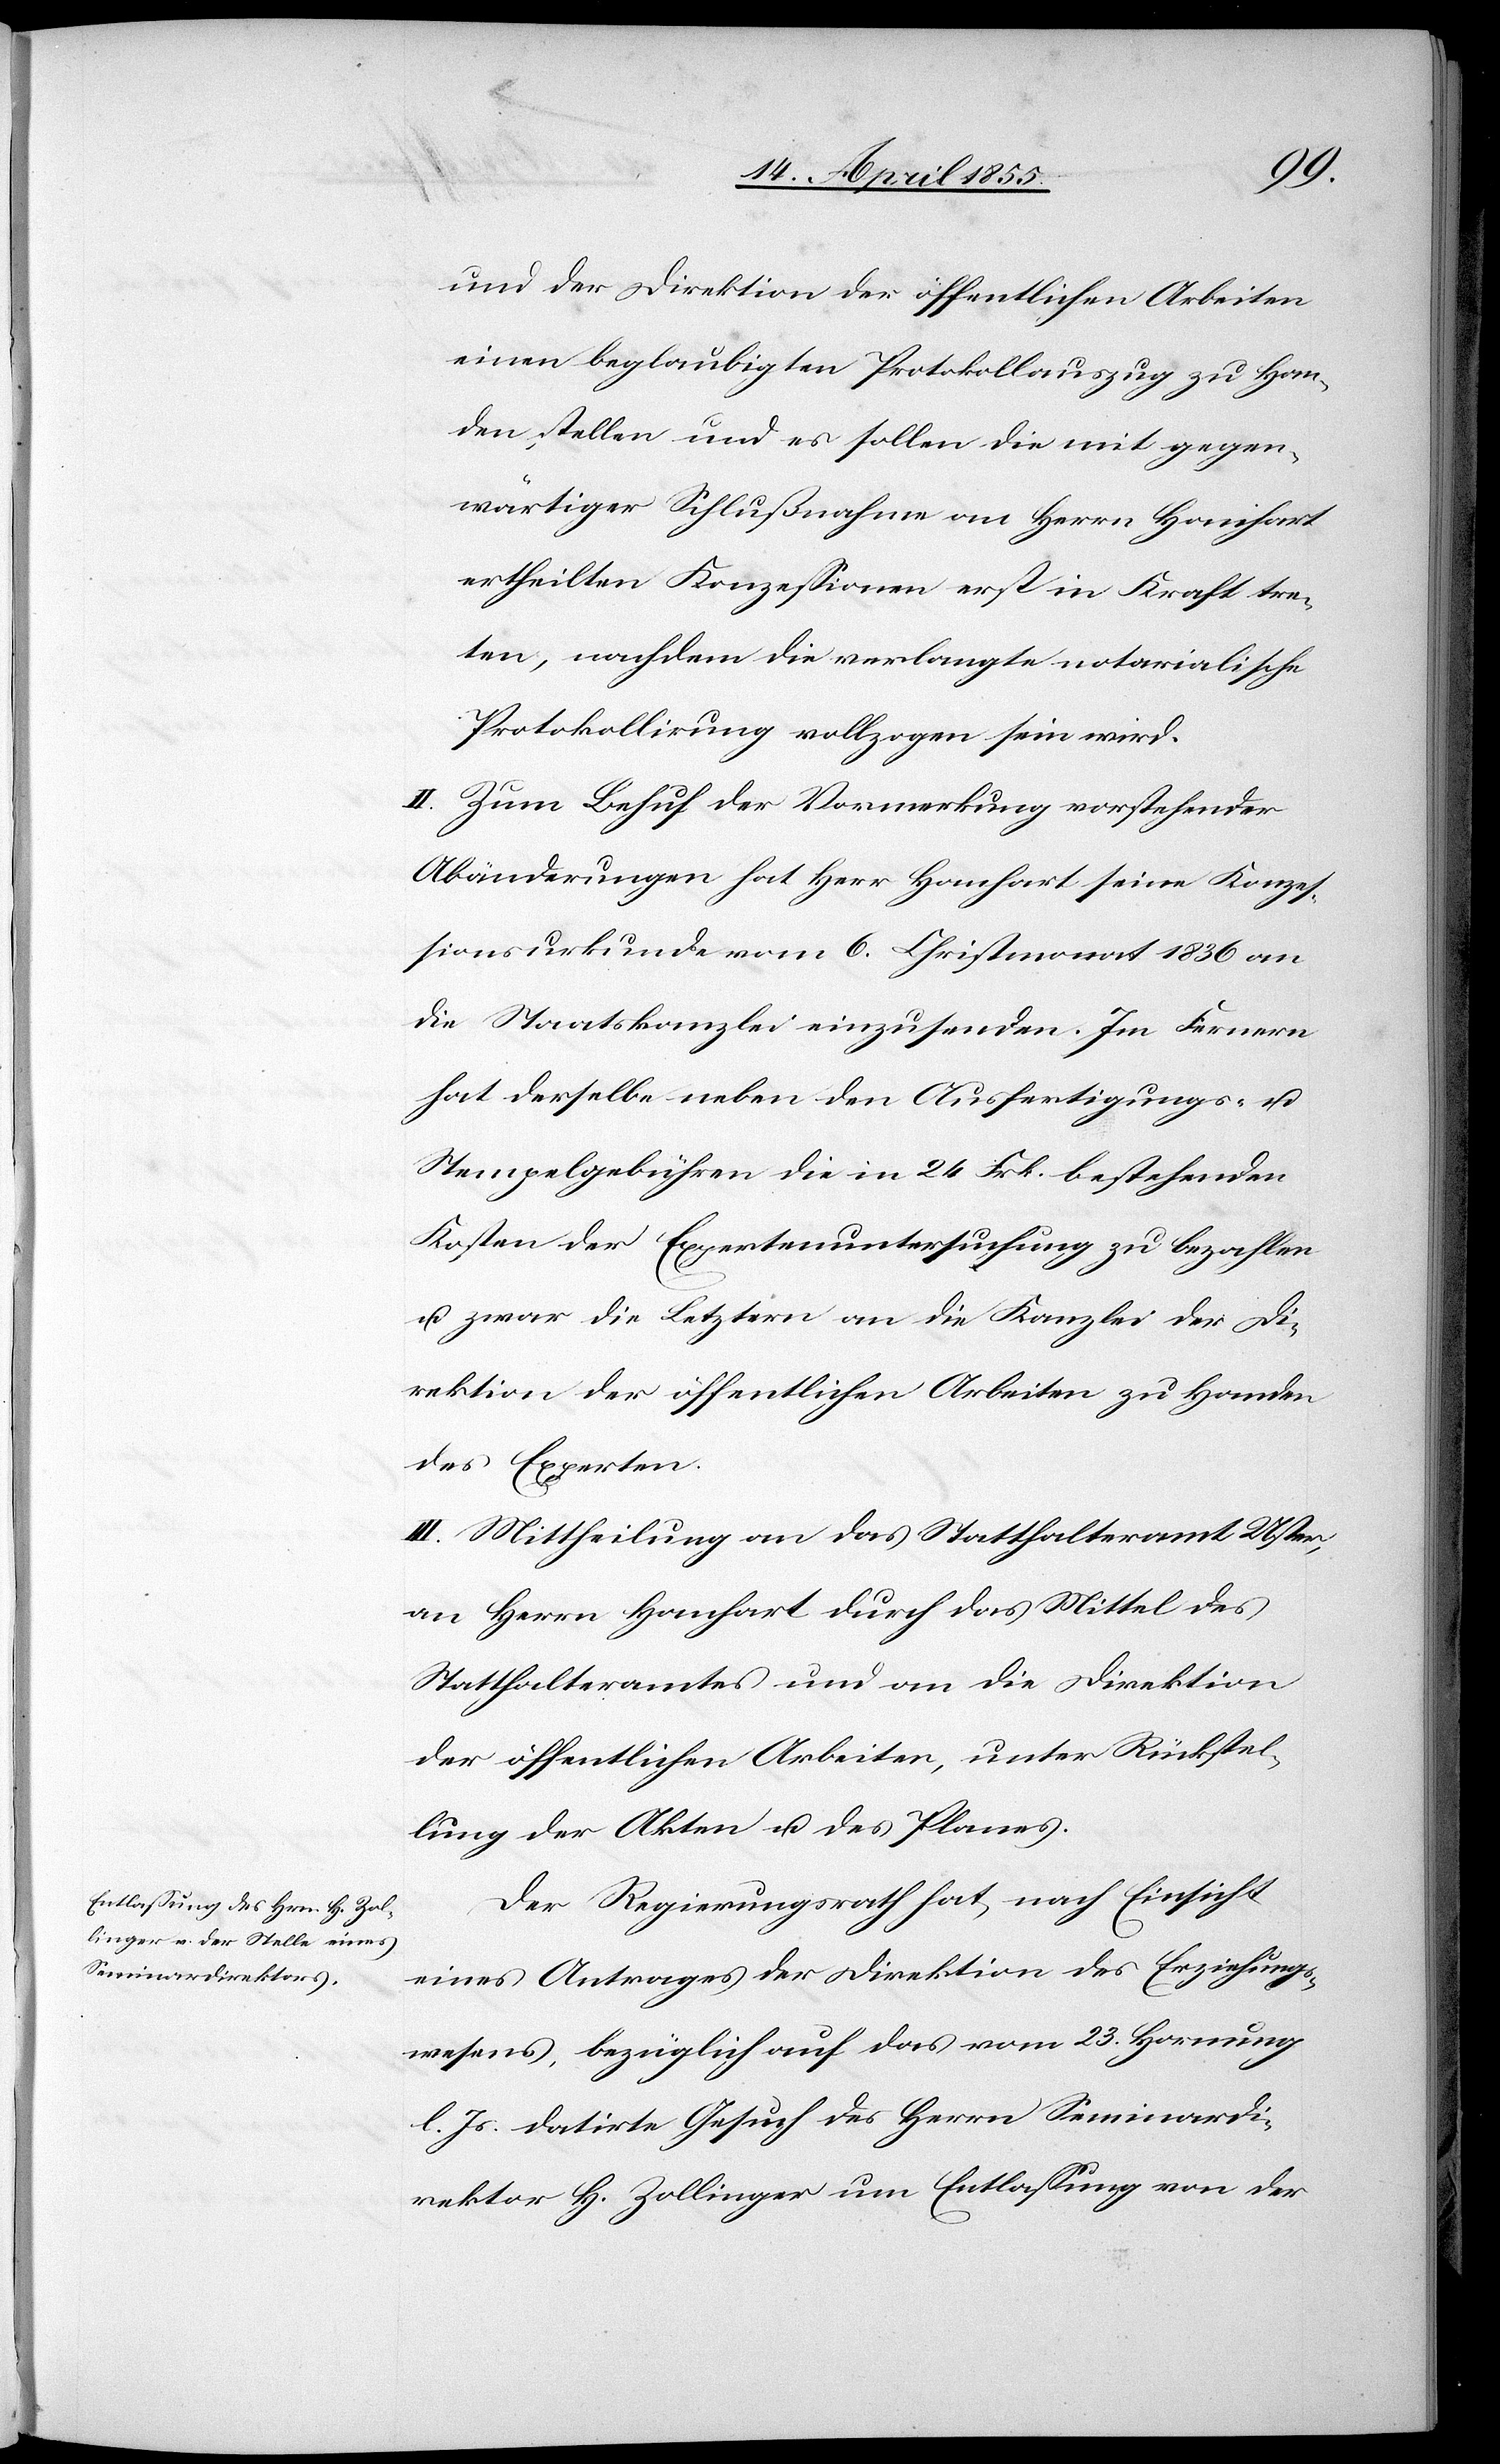
und der Direktion der öffentlichen Arbeiten
einen beglaubigten Protokollauszug zu Han¬
den stellen und es sollen die mit gegen¬
wärtiger Schlußnahme an Herrn Hanhart
ertheilten Konzessionen erst in Kraft tre¬
ten, nachdem die verlangte notarialische
Protokollirung vollzogen sein wird.
II. Zum Behuf der Vormerkung vorstehender
Abänderungen hat Herr Hanhart seine Konzes¬
sionsurkunde vom 6. Christmonat 1836 an
die Staatskanzlei einzusenden. Im Fernern
hat derselbe neben den Ausfertigungs- u.
Stempelgebühren die in 24 Frk. bestehenden
Kosten der Expertenuntersuchung zu bezahlen
u. zwar die Letztern an die Kanzlei der Di¬
rektion der öffentlichen Arbeiten zu Handen
des Experten.
III. Mittheilung an das Statthalteramt Uster,
an Herrn Hanhart durch das Mittel des
Statthalteramtes und an die Direktion
der öffentlichen Arbeiten, unter Rückstel¬
lung der Akten u. des Planes.
Der Regierungsrath hat, nach Einsicht
eines Antrages der Direktion des Erziehungs¬
wesens, bezüglich auf das vom 23. Hornung
l. Js. datirte Gesuch des Herrn Seminardi¬
rektor H. Zollinger um Entlassung von der